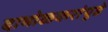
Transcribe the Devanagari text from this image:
दाभोळकरांपुढे